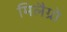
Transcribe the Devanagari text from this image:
मिलैग्रो